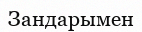
Зандарымен